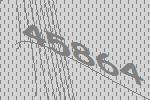
45864